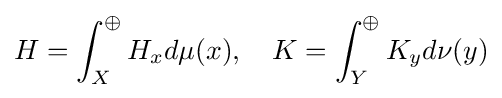
H=\int _{X}^{\oplus }H_{x}d\mu (x),\quad K=\int _{Y}^{\oplus }K_{y}d\nu (y)